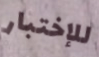
للإختبار